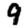
Digit: 9